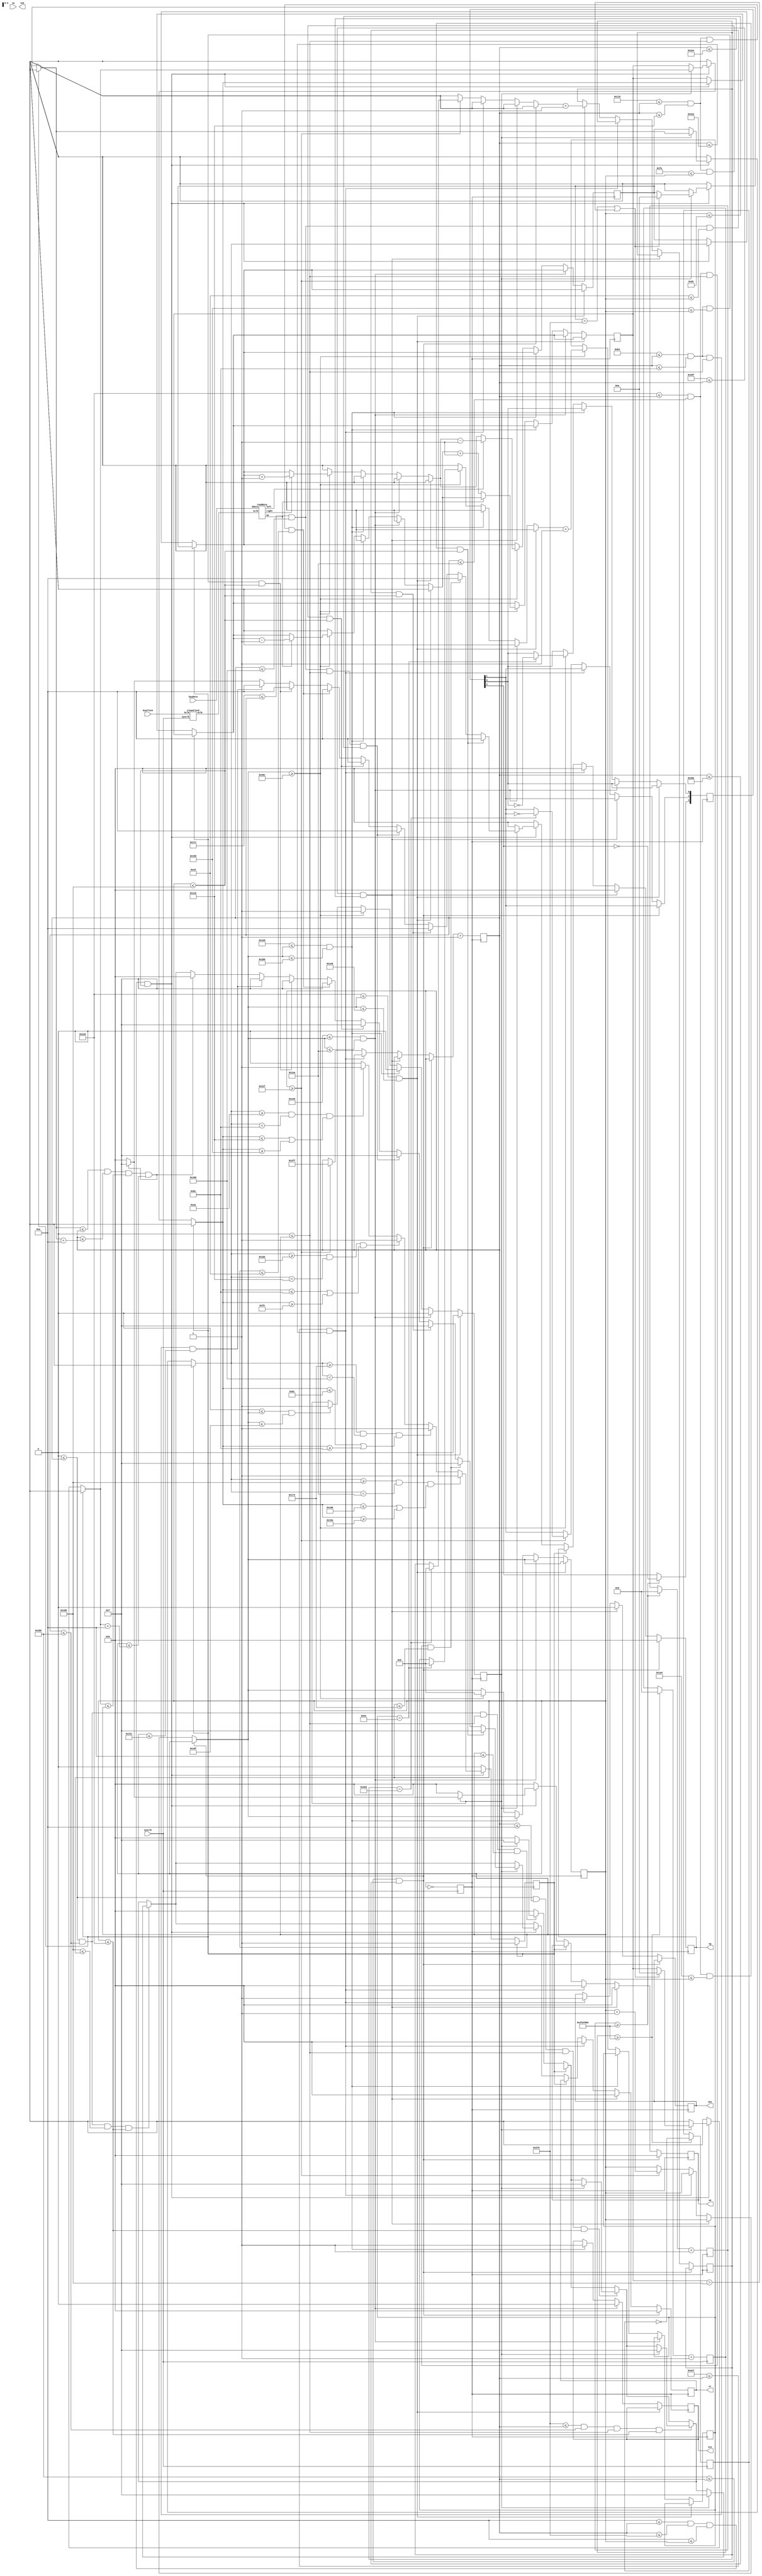
 	module vga_test(sysclk, sw, vr, vg, vb, vhs, vvs, led, keyClock, keyData);
	
	input sysclk;
	input [9:0]sw;
	input keyData;
	input keyClock;
	
	
	output [3:0]vr; //4bit red
	output [3:0]vg; //4bit green
	output [3:0]vb; //4bit blue
	output vhs; //H_sync
	output vvs; //V_sync
	output [9:0]led;
	
	reg [3:0]vr;
	reg [3:0]vg;
	reg [3:0]vb;
	reg vhs;
	reg vvs;
	reg [9:0]led;
	reg [31:0]counter;
	reg [31:0]counter_sub;
	reg [9:0]counterH;
	reg [9:0]counterV;
	
	reg myclk; //25MHz
	reg [9:0]hcounter = 10'b0000000000;
	reg [9:0]vcounter = 10'b0000000000;
	reg ready = 1'b0;
	reg viewable=1'b0;
	reg dead = 1'b0;
	initial viewable=0;
	initial dead=0;
	reg [9:0]oh;
	reg [9:0]ov;
	//reg [1:0] move;
	
	
	cleanClock cleanClock1(sysclk,keyClock,oclk);
	readData readData1(keyData,oclk, left, up, right);
	
	
	initial oh=10;
		initial ov=10;
	//mobject m0(myclk, hcounter, vcounter, viewable,vr,vg,vb);
	
	always@(posedge sysclk) //make 25MHz myclk
	begin
		myclk <= ~myclk;
		if(counter >= 50000000)
		begin
			led[9] <= ~led[9];
			counter = 0;
		end
		counter = counter+1;
		
					
					
		
		
		
		
	end
	
	always@(posedge myclk)
	begin
		//Horizontal
		//if(300 <= hcounter && hcounter <= 350)
	if(dead==0 )
	begin
		
		if ( (0 <= hcounter) && (hcounter<= 640)  && (0 <= vcounter) && (vcounter <= 10) ) 
		begin
			if(ready)
			begin
			viewable=1;
				vr = 4'b1111;
				vg = 4'b0000;
				vb = 4'b0000;
			end
			else
			begin
			viewable=0;
				vr = 4'b0000;
				vg = 4'b0000;
				vb = 4'b0000;
			end
			
		end
		else
		  begin
		  viewable=0;
				vr = 4'b0000;
				vg = 4'b0000;
				vb = 4'b0000;
			end
		
		//border
		if ( (0 <= hcounter) && (hcounter<= 10)  && (0 <= vcounter) && (vcounter <= 480) ) 
		begin
			if(ready)
			begin
			viewable=1;
				vr = 4'b1111;
			end
		
			
		end
		//border
		
		if ( (630 <= hcounter) && (hcounter<= 640)  && (0 <= vcounter) && (vcounter <= 480) ) 
		begin
			if(ready)
			begin
			viewable=1;
				vr = 4'b1111;
			end
		
			
		end
		
		//border
			if ( (0<= hcounter) && (hcounter<= 640)  && (470 <= vcounter) && (vcounter <= 480) ) 
		begin
			if(ready)
			begin
			viewable=1;
				vr = 4'b1111;
			end
		
			
		end
		
		
		
		
		if ( (10<= hcounter) && (hcounter<= 630)  && (10 <= vcounter) && (vcounter <= 470) ) 
		begin
			if(ready)
			begin
			
			
			if(oh>630 || ov>470)
			begin
			oh= 10;
			ov = 10;
			end
				if ( (oh<= hcounter) && (hcounter<= oh+10)  && (ov <= vcounter) && (vcounter <= ov+10) ) 
				begin
					if(ready)
						begin
						vr=4'b0000;
						vg=4'b1111;
						vb=4'b1111;
						end
				
	
				end
			
			
			//if statements for all the vertical lines
		
			if ( (180<= hcounter) && (hcounter<=190 )  && (0 <= vcounter) && (vcounter <= 300) )
			begin
				vr=4'b1111;
				vg=4'b1010;
			
			end
		
			if ( (180<= hcounter) && (hcounter<= 190)  && (400 <= vcounter) && (vcounter <= 470) )
			begin
				vr=4'b1111;
				vg=4'b1010;
			
			end
		
		
		if ( (280<= hcounter) && (hcounter<=290 )  && (0 <= vcounter) && (vcounter <= 200) )
			begin
				vr=4'b1111;
				vg=4'b1010;
			
			end
		
			if ( (280<= hcounter) && (hcounter<= 290)  && (250 <= vcounter) && (vcounter <= 470) )
			begin
				vr=4'b1111;
				vg=4'b1010;
			
			end
			
		if ( (380<= hcounter) && (hcounter<=390 )  && (0 <= vcounter) && (vcounter <= 150) )
			begin
				vr=4'b1111;
				vg=4'b1010;
			
			end
		
			if ( (380<= hcounter) && (hcounter<= 390)  && (200 <= vcounter) && (vcounter <= 470) )
			begin
				vr=4'b1111;
				vg=4'b1010;
			
			end	
			
			
		if ( (480<= hcounter) && (hcounter<=490 )  && (0 <= vcounter) && (vcounter <= 370) )
			begin
				vr=4'b1111;
				vg=4'b1010;
			
			end
		
		if ( (480<= hcounter) && (hcounter<= 490)  && (420 <= vcounter) && (vcounter <= 470) )
			begin
				vr=4'b1111;
				vg=4'b1010;
			
			end	
		end	
		if((oh>=170 && oh<190 && (ov<=290 || ov>=400)))
			begin
				dead=1;
			end
		
		if((oh>=270 && oh<290 && (ov<=190 || ov>=240)))
			begin
				dead=1;
			end
			
		if((oh>=370 && oh<390 && (ov<=140 || ov>=190)))
			begin
			dead=1;
			end
		
		if((oh>=470 && oh<490 && (ov<=360 || ov>=410)))
			begin
				dead=1;
			end
		
	
		
		end //end if ready
		
		
		
		end //end inside the border statement
		
		
		
		
		
		
		
		
		
		
		
			
		
		if(640 <= hcounter && hcounter <= 654)
		begin
		viewable=0;
			vr = 4'b0000;
			vg = 4'b0000;
			vb = 4'b0000;
		end
		else if(655 <= hcounter && hcounter <= 750)
		begin
		viewable=0;
			vr = 4'b0000;
			vg = 4'b0000;
			vb = 4'b0000;
			vhs = 0;
		end
		else if(751 <= hcounter && hcounter <= 798)
		begin
		viewable=0;
			vr = 4'b0000;
			vg = 4'b0000;
			vb = 4'b0000;
			vhs = 1;
		end
		else if(hcounter >= 799)
		begin
			hcounter = -1;
			vcounter = vcounter+1;
			
			if(counterH == 1000)
			begin
				led[7] = ~led[7];
				counterH = 0;
			end
			counterH = counterH+1;
		end
		
		hcounter = hcounter+1;
		
		//Vertical
		if(0 <= vcounter && vcounter <= 479)
		begin
			ready = 1;
			viewable=viewable;
		end
		if(480 <= vcounter && vcounter <= 488)
		begin
			ready = 0;
			viewable=0;
		end
		else if(489 <= vcounter && vcounter <= 490)
		begin
		viewable=0;
			ready = 0;
			vvs = 0;
		end
		else if(491 <= vcounter && vcounter <= 523)
		begin
		viewable=0;
			ready = 0;
			vvs = 1;
		end
		else if(vcounter >= 524)
		begin
		viewable=viewable;
		vcounter = 0;
	
			if(right==1)//D
			begin
			oh = oh +1;
			end
			
		   if(left==1)//A
			begin
			oh= oh-1;
			end
			
			if(up == 1)//W
			begin
				ov = ov-1;
			end
			if(up == 0)
			begin
			ov = ov +1;
			end
			ready = 1;
			
			if(counterV == 100)
			begin
				led[6] = ~led[6];
				counterV = 0;
			end
			counterV = counterV+1;
		end
		
		if(counter_sub >= 50000000)
		begin
			led[8] = ~led[8];
			counter_sub = 0;
		end
		counter_sub = counter_sub+1;
		
	end //end pos edge
	

	
	
	
endmodule



module cleanClock(sysclk,kclk,oclk);
	input sysclk;
	input kclk;
	output reg oclk;
	
	reg [7:0] sr;
	
	
	
	initial
	begin
	sr = 8'b10101010;
	oclk = 1;
	end
	
	
	always@(posedge sysclk)
	begin
	sr={sr[6:0],kclk};
 
	case(sr)
	8'b00000000: oclk = 0;
	8'b11111111: oclk = 1;
	default: oclk = oclk;
	endcase
	
	end
	

endmodule



module readData (kData, oclk, left, up, right);
	input oclk;
	input kData;
	output left;
	output up;
	output right;

		
	reg left = 1'b0;
	initial left= 0;
	
	reg up = 1'b0;
	initial up = 0;
	
	reg right = 1'b0;
	initial right = 0;
	
	reg[7:0] led2;
	reg[11:0] counter;

	
	initial counter = 0;
	
	
	
	
	always@(negedge oclk)
	begin
	case(counter)
	0:;
	1:led2[0] = kData; ///read keyData
	2:led2[1] = kData;///read Keydata
	3:led2[2] = kData; // read keyData
	4:led2[3] = kData; //read keyData
	5:led2[4] = kData; // read keyData
	6:led2[5] = kData; // read keyData
	7:led2[6] = kData; // read keyData
	8:led2[7] = kData; // read keyData
	9:; //read keyData
	10: begin
	led2 = led2;
	if(led2[7:0]==8'b00011100)	//A key pressed
	begin
	left = 1;
	up = 0;
	right = 0;
	end
	
	if(led2[7:0]==8'b00100011) //D key pressed
	begin
	up = 0;
	left = 0;
	right = 1;
	end
	
	if(led2[7:0]==8'b00011101) //W key pressed
	begin
	up = 1;
	right = 0;
	left = 0;
	end
	
	
	end
	endcase
	

	
	
	
	
	
	if( counter<10 )
     counter = counter + 1;
 else if( counter >= 10 )
     counter = 0;
	end
	
	
endmodule